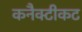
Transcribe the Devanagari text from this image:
कनैक्टीकट